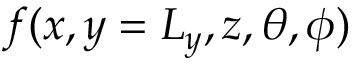
f ( x , y = L _ { y } , z , \theta , \phi )